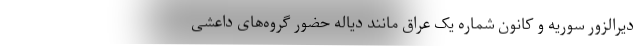
دیرالزور سوریه و کانون شماره یک عراق مانند دیاله حضور گروه‌های داعشی